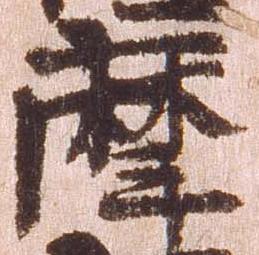
摩